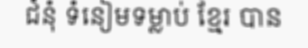
ជំនុំ ទំនៀមទម្លាប់ ខ្មែរ បាន